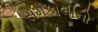
સમકાલીનો